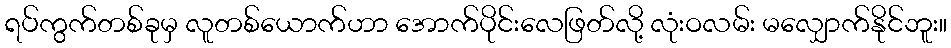
ရပ်ကွက်တစ်ခုမှ လူတစ်ယောက်ဟာ အောက်ပိုင်းလေဖြတ်လို့ လုံးဝလမ်း မလျှောက်နိုင်ဘူး။